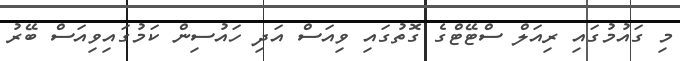
މި ގައުމުގައި ރިއަލް ސްޓޭޓްގެ ގޮތުގައި ވިއަސް އަދި ހައުސިން ކަމުގައިވިއަސް ބޭރު